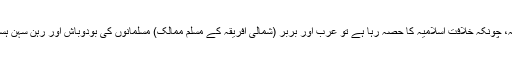
جنوبی سپین کا خطہ، ہسپانیہ یا اندلسیہ، چونکہ خلافت اسلامیہ کا حصہ رہا ہے تو عرب اور بربر (شمالی افریقہ کے مسلم ممالک) مسلمانوں کی بودوباش اور رہن سہن ہسپانوی معاشرت کا جزلانفیک بن گئی۔